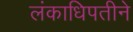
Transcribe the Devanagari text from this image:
लंकाधिपतीने